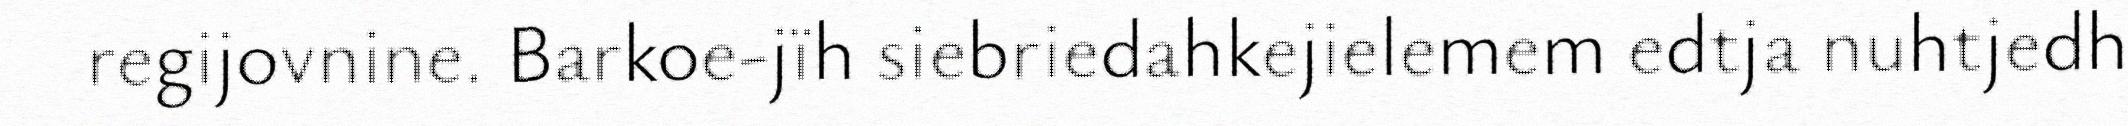
regijovnine. Barkoe-jïh siebriedahkejielemem edtja nuhtjedh